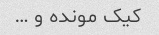
کیک مونده و …